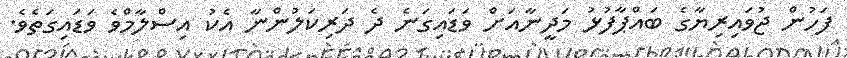
ފަހުން ޖުވައިރިޔާގެ ބައްޕާފުޅު މަދީނާއަށް ވަޑައިގަނެ ދެ ދަރިކަލުންނާ އެކު އިސްލާމްވެ ވަޑައިގަތެވެ.